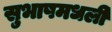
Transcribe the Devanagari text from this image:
सुभाषमधली